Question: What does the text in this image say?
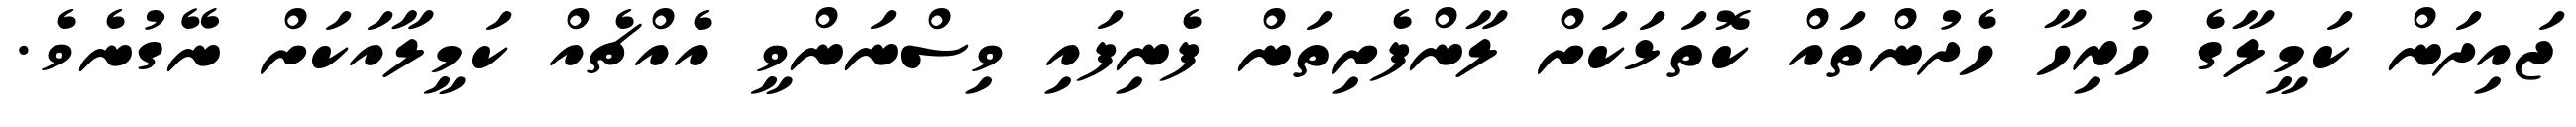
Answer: ޖައިދަން ކަމީލާގެ ހުރިހާ ހެދުންތައް ކޮތަޅަކަށް ލާންފެށިތަން ފެނިފައި ވިސްނަންވީ އެއްޗެއް ކަމީލާއަކަށް ނޭގުނެވެ.